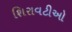
શિરાવટીઓ